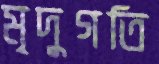
মৃদুগতি